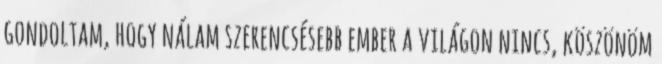
gondoltam, hogy nálam szerencsésebb ember a világon nincs, köszönöm